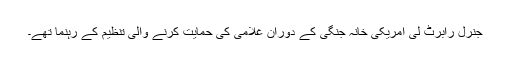
جنرل رابرٹ لی امریکی خانہ جنگی کے دوران غلامی کی حمایت کرنے والی تنظیم کے رہنما تھے۔